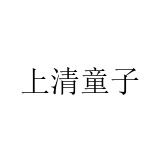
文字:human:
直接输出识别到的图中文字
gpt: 上清童子